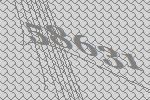
58631